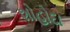
શોહોદા